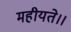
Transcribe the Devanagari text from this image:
महीयते।।